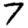
Digit: 7